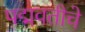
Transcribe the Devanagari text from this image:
पद्मवतीचे